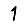
Digit: 1